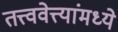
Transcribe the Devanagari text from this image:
तत्त्ववेत्त्यांमध्ये